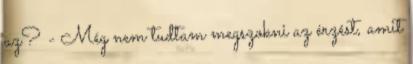
az? - Még nem tudtam megszokni az érzést, amit